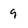
Character: 9